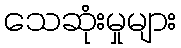
သေဆုံးမှုများ